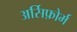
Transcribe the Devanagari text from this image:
अर्सिफ़ोर्म